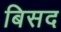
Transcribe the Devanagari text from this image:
बिसद